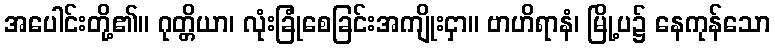
အပေါင်းတို့၏။ ဂုတ္တိယာ၊ လုံးခြုံစေခြင်းအကျိုးငှာ။ ဗာဟိရာနံ၊ မြို့ပ၌ နေကုန်သော